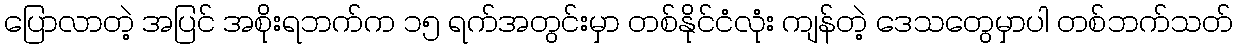
ပြောလာတဲ့ အပြင် အစိုးရဘက်က ၁၅ ရက်အတွင်းမှာ တစ်နိုင်ငံလုံး ကျန်တဲ့ ဒေသတွေမှာပါ တစ်ဘက်သတ်